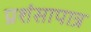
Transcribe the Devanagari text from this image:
प्रशंसापात्र